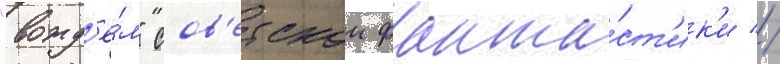
"вожд'ё́м" сов'етскои фанта́ст'ик'и //